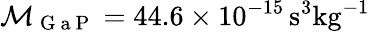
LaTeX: \mathcal M_{\mathrm{~G~a~P~}}=44.6\times 10^{-15}\, \mathrm{s^{3}kg^{-1}}